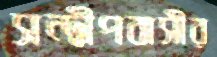
সন্দ্বীপবাসীর